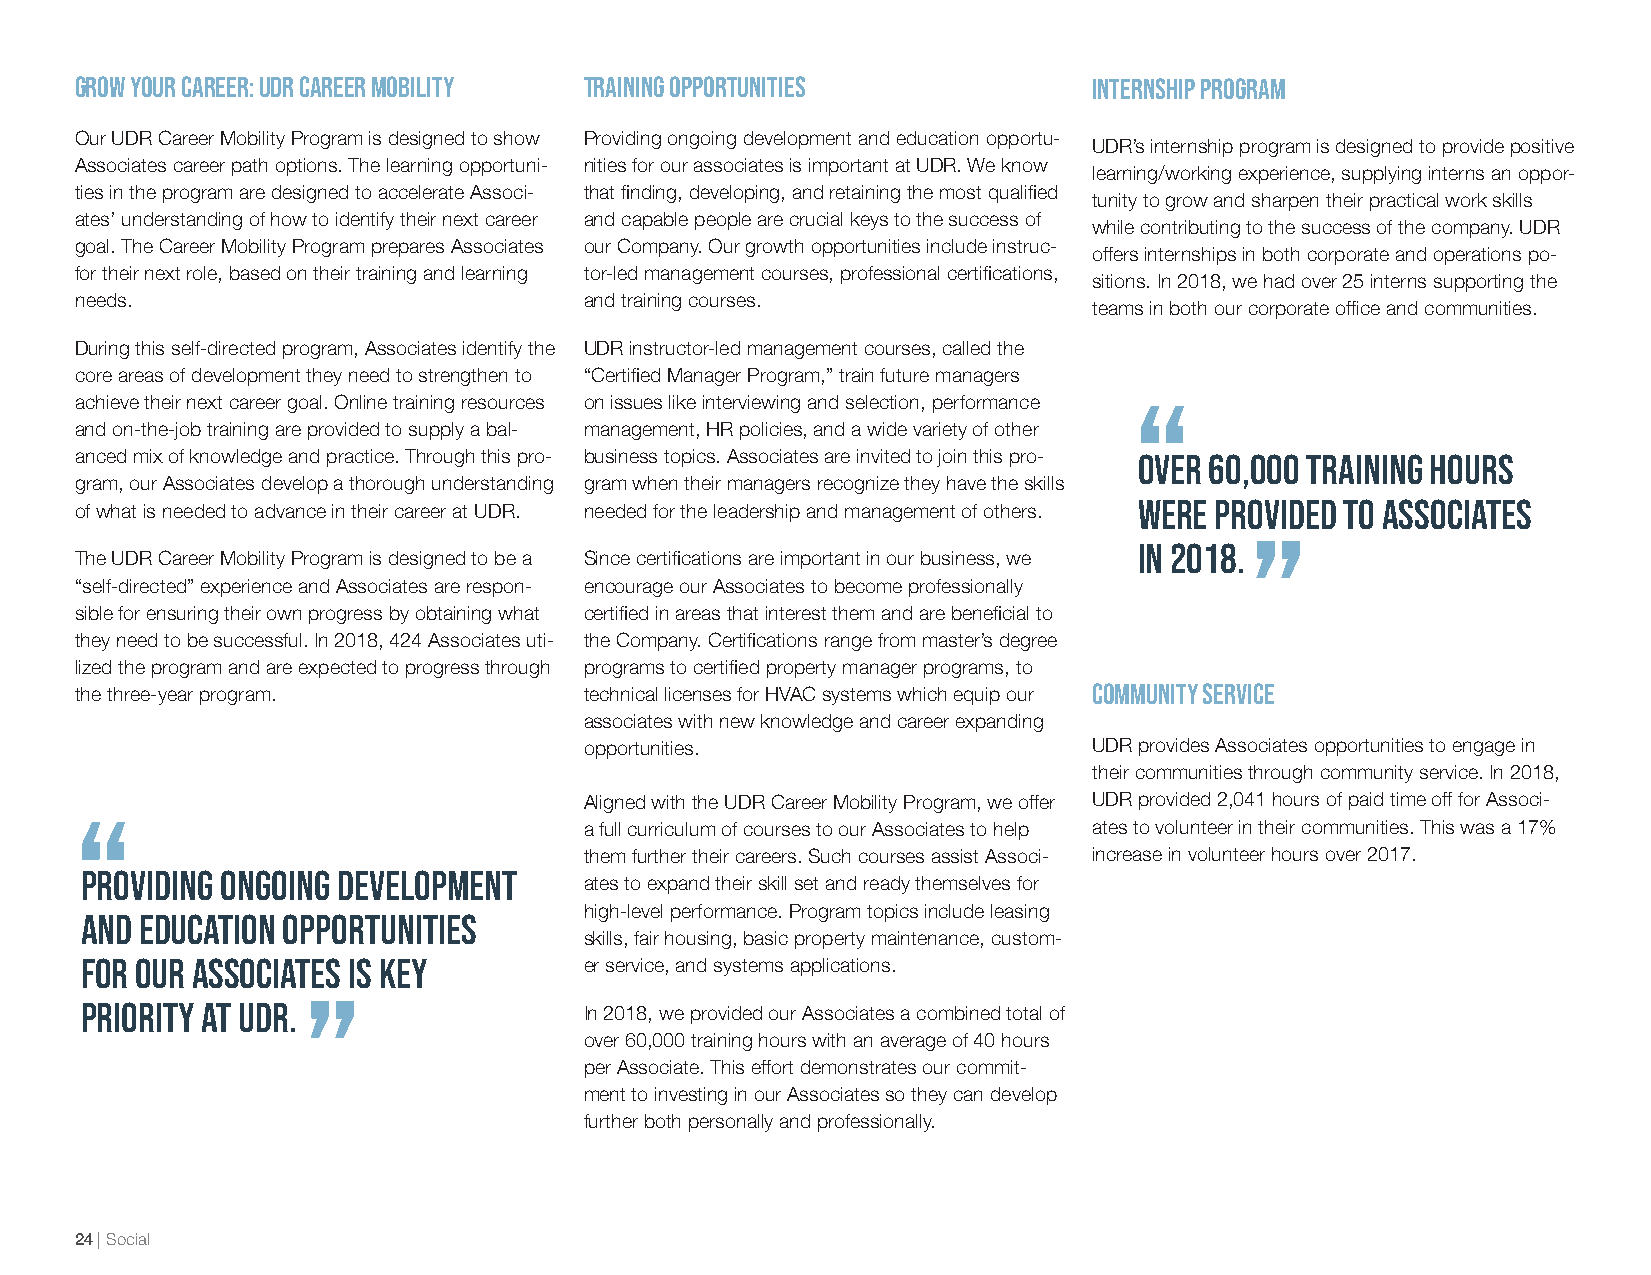
Grow Your Career: UDR Career Mobility Training Opportunities       Internship Program
 Our UDR Career Mobility Program is designed to show Providing ongoing development and education opportu-
 UDR’s internship program is designed to provide positive
 Associates career path options. The learning opportuni- nities for our associates is important at UDR. We know
 learning/working experience, supplying interns an oppor-
 ties in the program are designed to accelerate Associ- that finding, developing, and retaining the most qualified
 tunity to grow and sharpen their practical work skills
 ates’ understanding of how to identify their next career and capable people are crucial keys to the success of
 while contributing to the success of the company. UDR
 goal. The Career Mobility Program prepares Associates our Company. Our growth opportunities include instruc-
 offers internships in both corporate and operations po-
 for their next role, based on their training and learning tor-led management courses, professional certifications,
 sitions. In 2018, we had over 25 interns supporting the
 needs.                            and training courses.
 teams in both our corporate office and communities.
 During this self-directed program, Associates identify the UDR instructor-led management courses, called the
 core areas of development they need to strengthen to “Certified Manager Program,” train future managers
 “
 achieve their next career goal. Online training resources on issues like interviewing and selection, performance
 and on-the-job training are provided to supply a bal- management, HR policies, and a wide variety of other
 anced mix of knowledge and practice. Through this pro- business topics. Associates are invited to join this pro- Over 60,000 training hours
 gram, our Associates develop a thorough understanding gram when their managers recognize they have the skills
 were provided to Associates
 of what is needed to advance in their career at UDR. needed for the leadership and management of others.
 ”
 in 2018.
 The UDR Career Mobility Program is designed to be a Since certifications are important in our business, we
 “self-directed” experience and Associates are respon- encourage our Associates to become professionally
 sible for ensuring their own progress by obtaining what certified in areas that interest them and are beneficial to
 they need to be successful. In 2018, 424 Associates uti- the Company. Certifications range from master’s degree
 lized the program and are expected to progress through programs to certified property manager programs, to
 the three-year program.           technical licenses for HVAC systems which equip our Community Service
 associates with new knowledge and career expanding
 opportunities.                   UDR provides Associates opportunities to engage in
 their communities through community service. In 2018,
 Aligned with the UDR Career Mobility Program, we offer UDR provided 2,041 hours of paid time off for Associ-
 “
 a full curriculum of courses to our Associates to help ates to volunteer in their communities. This was a 17%
 them further their careers. Such courses assist Associ- increase in volunteer hours over 2017.
 Providing ongoing development
 ates to expand their skill set and ready themselves for
 high-level performance. Program topics include leasing
 and education opportunities
 skills, fair housing, basic property maintenance, custom-
 for our Associates is key         er service, and systems applications.
 ”
 priority at UDR.
 In 2018, we provided our Associates a combined total of
 over 60,000 training hours with an average of 40 hours
 per Associate. This effort demonstrates our commit-
 ment to investing in our Associates so they can develop
 further both personally and professionally.
 24 | Social